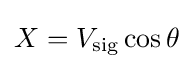
X=V_{\text{sig}}\cos \theta